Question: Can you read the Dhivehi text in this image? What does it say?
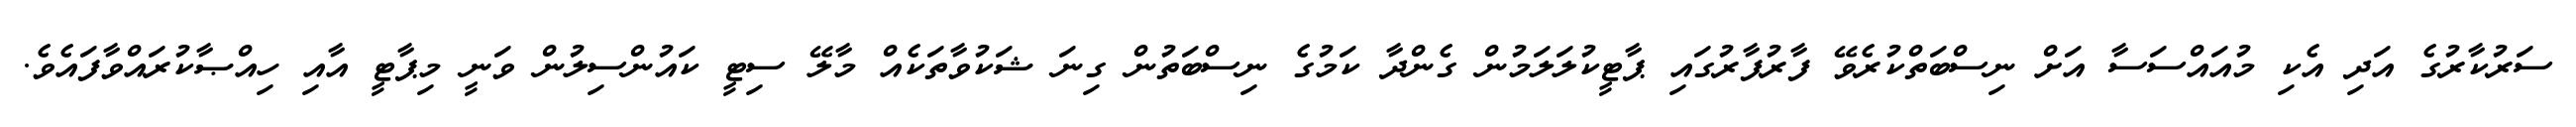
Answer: ސަރުކާރުގެ އަދި އެކި މުއައްސަސާ އަށް ނިސްބަތްކުރެވޭ ފާރުފާރުގައި ޕާޓީކުލަލަމުން ގެންދާ ކަމުގެ ނިސްބަތުން ގިނަ ޝަކުވާތަކެއް މާލޭ ސިޓީ ކައުންސިލުން ވަނީ މިޕާޓީ އާއި ހިއްޞާކުރައްވާފައެވެ.